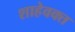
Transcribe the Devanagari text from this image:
शाहेवक्त